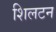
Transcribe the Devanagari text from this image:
शिलटन